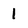
Character: 1